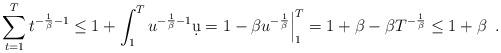
LaTeX: \begin{align*} \sum_{t=1}^{T}t^{-\frac{1}{\beta}-1}\leq 1+\int_{1}^{T}u^{-\frac{1}{\beta}-1}\d u=1-\beta u^{-\frac{1}{\beta}}\Big|_{1}^{T} = 1+\beta - \beta T^{-\frac{1}{\beta}}\leq 1+\beta\enspace. \end{align*}